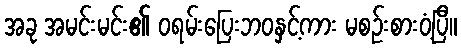
အခု အမင်းမင်း၏ ဝရမ်းပြေးဘဝနှင့်ကား မစဉ်းစားဝံ့ပြီ။